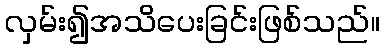
လှမ်း၍အသိပေးခြင်းဖြစ်သည်။